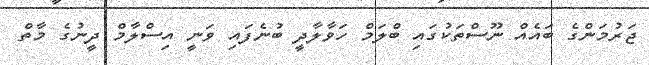
ޖަރުމަންގެ ބައެއް ނޫސްތަކުގައި ބްލަމް ހަވާލާދީ ބުނެފައި ވަނީ އިސްލާމް ދީނުގެ މާތް